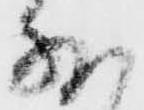
外